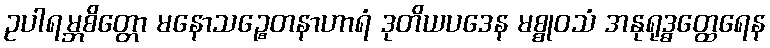
ဥပါရမ္ဘစိတ္တော မနောသဉ္စေတနာဟာရံ ဒုတိယပဒေန မစ္စုဝသံ အနုရုဒ္ဓတ္ထေရေန